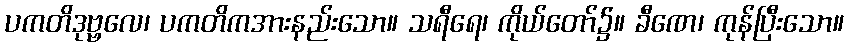
ပကတိဒုဗ္ဗလေ၊ ပကတိကအားနည်းသော။ သရီရေ၊ ကိုယ်တော်၌။ ခီဏေ၊ ကုန်ပြီးသော။